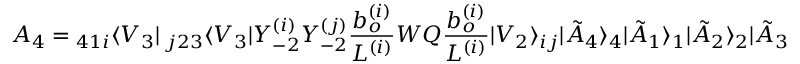
{ \cal A } _ { 4 } = { } _ { 4 1 i } \langle V _ { 3 } | ~ _ { j 2 3 } \langle V _ { 3 } | Y _ { - 2 } ^ { ( i ) } Y _ { - 2 } ^ { ( j ) } \frac { b _ { o } ^ { ( i ) } } { L ^ { ( i ) } } W Q \frac { b _ { o } ^ { ( i ) } } { L ^ { ( i ) } } | V _ { 2 } \rangle _ { i j } | \tilde { A } _ { 4 } \rangle _ { 4 } | \tilde { A } _ { 1 } \rangle _ { 1 } | \tilde { A } _ { 2 } \rangle _ { 2 } | \tilde { A } _ { 3 } \rangle _ { 3 } .